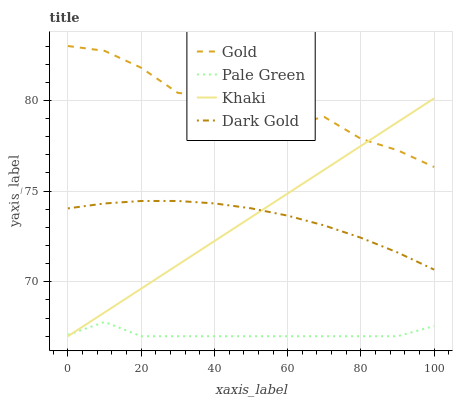
| xaxis_label | Gold | Pale Green | Khaki | Dark Gold |
 | --- | --- | --- | --- | --- |
 | 0 | 83 | 67.1 | 67 | 74 |
 | 10 | 82.7 | 67.8 | 68.3 | 74.3 |
 | 20 | 81.8 | 67 | 69.6 | 74.5 |
 | 30 | 80.4 | 67 | 70.9 | 74.5 |
 | 40 | 80.2 | 67 | 72.2 | 74.3 |
 | 50 | 79.9 | 67 | 73.6 | 74.1 |
 | 60 | 78.6 | 67 | 74.9 | 73.6 |
 | 70 | 79.1 | 67 | 76.2 | 73.1 |
 | 80 | 77.9 | 67 | 77.5 | 72.4 |
 | 90 | 77.3 | 67 | 78.8 | 71.6 |
 | 100 | 76.3 | 67.6 | 80.1 | 70.7 |